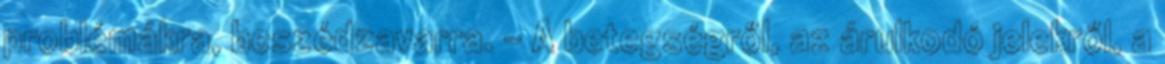
problémákra, beszédzavarra. – A betegségről, az árulkodó jelekről, a